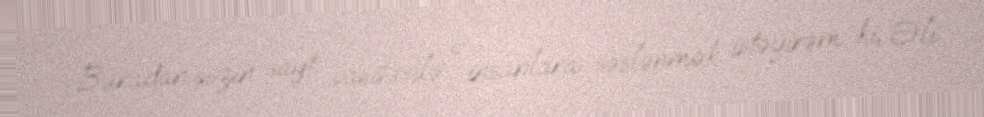
Buradan sizin sayt vasitəsilə o insanlara səslənmək istəyirəm ki, Əli